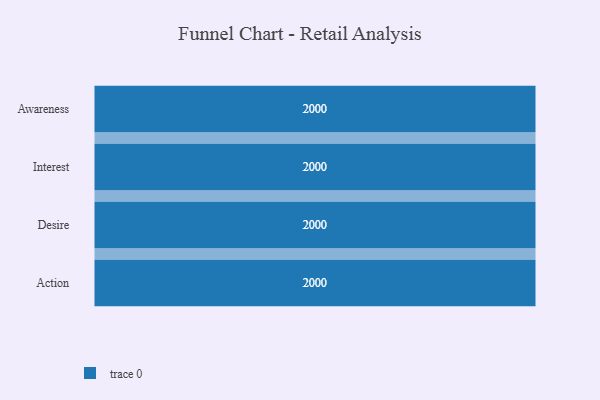
{"axis": {"x": "Stage", "y": "Value"}, "legend": [""], "data": [{"x": "Awareness", "y": 2000, "type": ""}, {"x": "Interest", "y": 2000, "type": ""}, {"x": "Desire", "y": 2000, "type": ""}, {"x": "Action", "y": 2000, "type": ""}]}